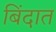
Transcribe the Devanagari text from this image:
बिंदात